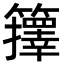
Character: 籜